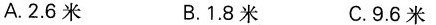
A.2.6米 B.1.8米 C.9.6米